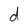
Character: d